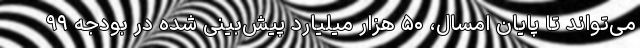
می‌تواند تا پایان امسال، ۵۰ هزار میلیارد پیش‌بینی شده در بودجه ۹۹